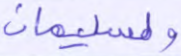
ولسليمان